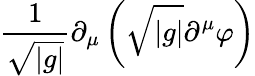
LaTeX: \frac{1}{\sqrt{|g|}}\partial_{\mu}\left(\sqrt{|g|}\partial^{\mu}\varphi\right)